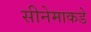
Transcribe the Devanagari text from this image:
सीनेमाकडे